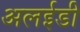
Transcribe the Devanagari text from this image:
अलईडी